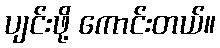
ပျင်းဖို့ ကောင်းတယ်။